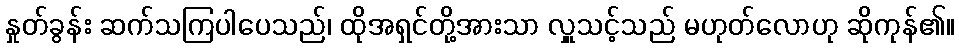
နှုတ်ခွန်း ဆက်သကြပါပေသည်၊ ထိုအရှင်တို့အားသာ လှူသင့်သည် မဟုတ်လောဟု ဆိုကုန်၏။